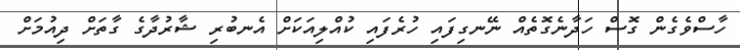
ހާސްވެގެން ގޮސް ހަދާނެގޮތެއް ނޭނގިފައި ހުރެފައި ކުއްލިއަކަށް އެނބުރި ޝާރުދާގެ ގާތަށް ދިއުމަށް